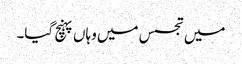
میں تجسس میں وہاں پہنچ گیا۔